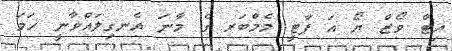
އިޓް ވޯޒް ޔޯ އަ ޕާޓީ މެމްބަރ ގެ މާނަ އެނގިލައްވާނީ ހަމަ